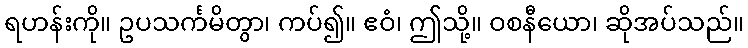
ရဟန်းကို။ ဥပသင်္ကမိတွာ၊ ကပ်၍။ ဧဝံ၊ ဤသို့။ ဝစနီယော၊ ဆိုအပ်သည်။